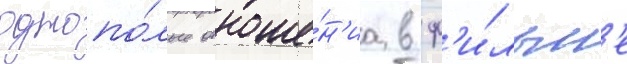
однопо́лые отноше́н'иа в ф'и́льм'е